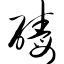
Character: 碡